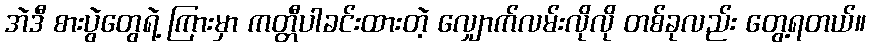
အဲဒီ စားပွဲတွေရဲ့ ကြားမှာ ကတ္တီပါခင်းထားတဲ့ လျှောက်လမ်းလိုလို တစ်ခုလည်း တွေ့ရတယ်။